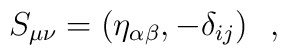
S_{\mu \nu} = ( \eta_{\alpha \beta} , - \delta_{ij} )   ~~,